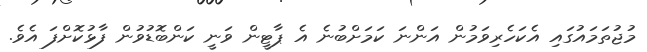
މުޖުތަމައުގައި އެކަހެރިވަމުން އަންނަ ކަމަށްބުނެ އެ ޕާޓީން ވަނީ ކަންބޮޑުވުން ފާޅުކޮށްފަ އެވެ.